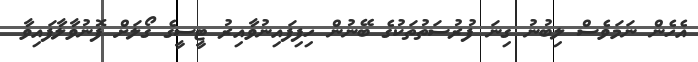
އެހެން ނަމަވެސް ލިބުނު ގިނަ ފުރުސަތުތަކުގެ ބޭނުން ހިފިފައިނުވާއިރު ޓީސީގެ ގޯލަށް ފޮނުވާލާފައިވާ